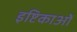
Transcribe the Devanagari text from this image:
इष्टिकाओं